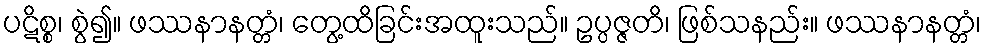
ပဋိစ္စ၊ စွဲ၍။ ဖဿနာနတ္တံ၊ တွေ့ထိခြင်းအထူးသည်။ ဥပ္ပဇ္ဇတိ၊ ဖြစ်သနည်း။ ဖဿနာနတ္တံ၊